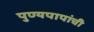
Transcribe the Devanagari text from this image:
पुण्यपापांची